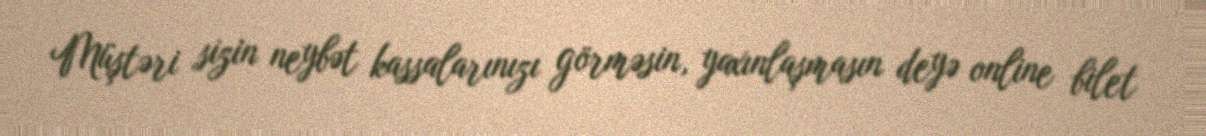
Müştəri sizin neybət kassalarınızı görməsin, yaxınlaşmasın deyə online bilet